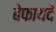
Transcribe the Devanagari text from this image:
बेफायदे